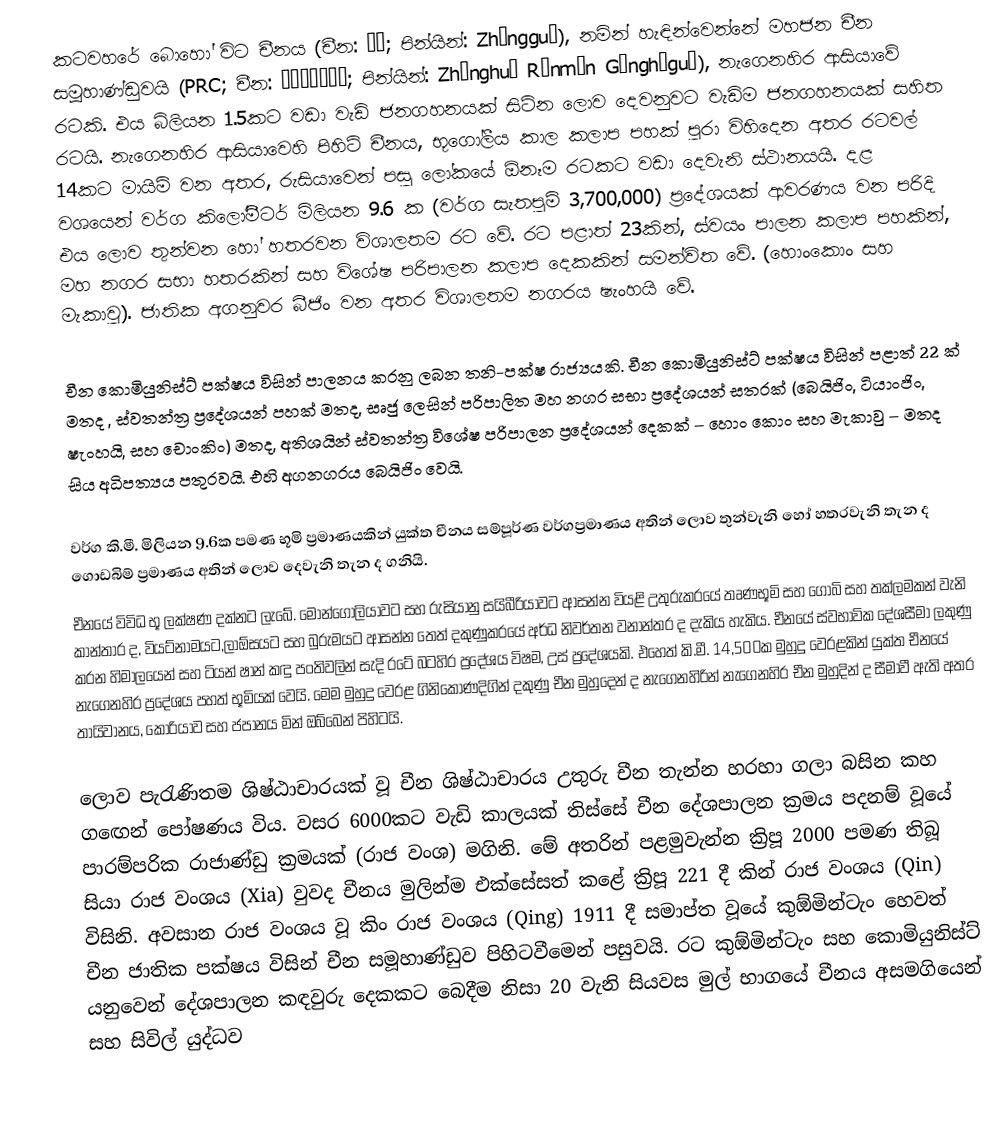
කටවහරේ බොහෝ විට චීනය (චීන: 中国; පින්යින්: Zhōngguó), නමින් හැඳින්වෙන්නේ මහජන චීන සමූහාණ්ඩුවයි (PRC; චීන: 中华人民共和国; පින්යින්: Zhōnghuá Rénmín Gònghéguó), නැගෙනහිර ආසියාවේ රටකි. එය බිලියන 1.5කට වඩා වැඩි ජනගහනයක් සිටින ලොව දෙවනුවට වැඩිම ජනගහනයක් සහිත රටයි. නැගෙනහිර ආසියාවෙහි පිහිටි චීනය, භූගෝලීය කාල කලාප පහක් පුරා විහිදෙන අතර රටවල් 14කට මායිම් වන අතර, රුසියාවෙන් පසු ලෝකයේ ඕනෑම රටකට වඩා දෙවැනි ස්ථානයයි. දළ වශයෙන් වර්ග කිලෝමීටර් මිලියන 9.6 ක (වර්ග සැතපුම් 3,700,000) ප්‍රදේශයක් ආවරණය වන පරිදි එය ලොව තුන්වන හෝ හතරවන විශාලතම රට වේ. රට පළාත් 23කින්, ස්වයං පාලන කලාප පහකින්, මහ නගර සභා හතරකින් සහ විශේෂ පරිපාලන කලාප දෙකකින් සමන්විත වේ. (හොංකොං සහ මැකාවු). ජාතික අගනුවර බීජිං වන අතර විශාලතම නගරය ෂැංහයි වේ.

චීන කොමියුනිස්ට් පක්ෂය විසින් පාලනය කරනු ලබන තනි-පක්ෂ රාජ්‍යයකි. චීන කොමියුනිස්ට් පක්ෂය විසින් පළාත් 22 ක් මතද , ස්වතන්ත්‍ර ප්‍රදේශයන් පහක් මතද, සෘජු ලෙසින් පරිපාලිත මහ නගර සභා ප්‍රදේශයන් සතරක් (බෙයිජිං, ටියාංජිං, ෂැංහයි, සහ චොංකිං) මතද, අතිශයින් ස්වතන්ත්‍ර විශේෂ පරිපාලන ප්‍රදේශයන් දෙකක් – හොං කොං සහ මැකාවු – මතද සිය අධිපත්‍යය පතුරවයි. එහි අගනගරය බෙයිජිං වෙයි.

වර්ග කි.මී. මිලියන 9.6ක පමණ භූමි ප්‍රමාණයකින් යුක්ත චීනය සම්පූර්ණ වර්ගප්‍රමාණය අතින් ලොව තුන්වැනි හෝ හතරවැනි තැන ද ගොඩබිම් ප්‍රමාණය අතින් ලොව දෙවැනි තැන ද ගනියි.
චීනයේ විවිධ භූ ලක්ෂණ දක්නට ලැබේ. මොන්ගෝලියාවට සහ රුසියානු සයිබීරියාවට ආසන්න වියළි උතුරුකරයේ තෘණභූමි සහ ගෝබි සහ තක්ලමකන් වැනි කාන්තාර ද, වියට්නාමයට,ලාඕසයට සහ බුරුමයට ආසන්න තෙත් දකුණුකරයේ අර්ධ නිවර්තන වනාන්තර ද දැකිය හැකිය. චීනයේ ස්වභාවික දේශසීමා ලකුණු කරන හිමාලයෙන් සහ ටියන් ෂාන් කඳු පංතිවලින් සැදි රටේ බටහිර ප්‍රදේශය විෂම, උස් ප්‍රදේශයකි. එහෙත් කි.මී. 14,500ක මුහුදු වෙරළකින් යුක්ත චීනයේ නැගෙනහිර ප්‍රදේශය පහත් භූමියක් වෙයි. මෙම මුහුදු වෙරළ ගිනිකොණදිගින් දකුණු චීන මුහුදෙන් ද නැගෙනහිරින් නැගෙනහිර චීන මුහුදින් ද සීමාවී ඇති අතර තායිවානය, කොරියාව සහ ජපානය මින් ඔබ්බෙන් පිහිටයි.

ලොව පැරැණිතම ශිෂ්ඨාචාරයක් වූ චීන ශිෂ්ඨාචාරය උතුරු චීන තැන්න හරහා ගලා බසින කහ ගඟෙන් පෝෂණය විය. වසර 6000කට වැඩි කාලයක් තිස්සේ චීන දේශපාලන ක්‍රමය පදනම් වූයේ පාරම්පරික රාජාණ්ඩු ක්‍රමයක් (රාජ වංශ) මගිනි. මේ අතරින් පළමුවැන්න ක්‍රිපූ 2000 පමණ තිබූ සියා රාජ වංශය (Xia) වුවද චීනය මුලින්ම එක්සේසත් කළේ ක්‍රිපූ 221 දී කින් රාජ වංශය (Qin) විසිනි. අවසාන රාජ වංශය වූ කිං රාජ වංශය (Qing) 1911 දී සමාප්ත වූයේ කුඕමින්ටැං හෙවත් චීන ජාතික පක්ෂය විසින් චීන සමූහාණ්ඩුව පිහිටවීමෙන් පසුවයි. රට කුඕමින්ටැං සහ කොමියුනිස්ට් යනුවෙන් දේශපාලන කඳවුරු දෙකකට බෙදීම නිසා 20 වැනි සියවස මුල් භාගයේ චීනය අසමගියෙන් සහ සිවිල් යුද්ධව